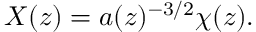
X ( z ) = a ( z ) ^ { - 3 / 2 } \chi ( z ) .